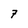
Character: 7